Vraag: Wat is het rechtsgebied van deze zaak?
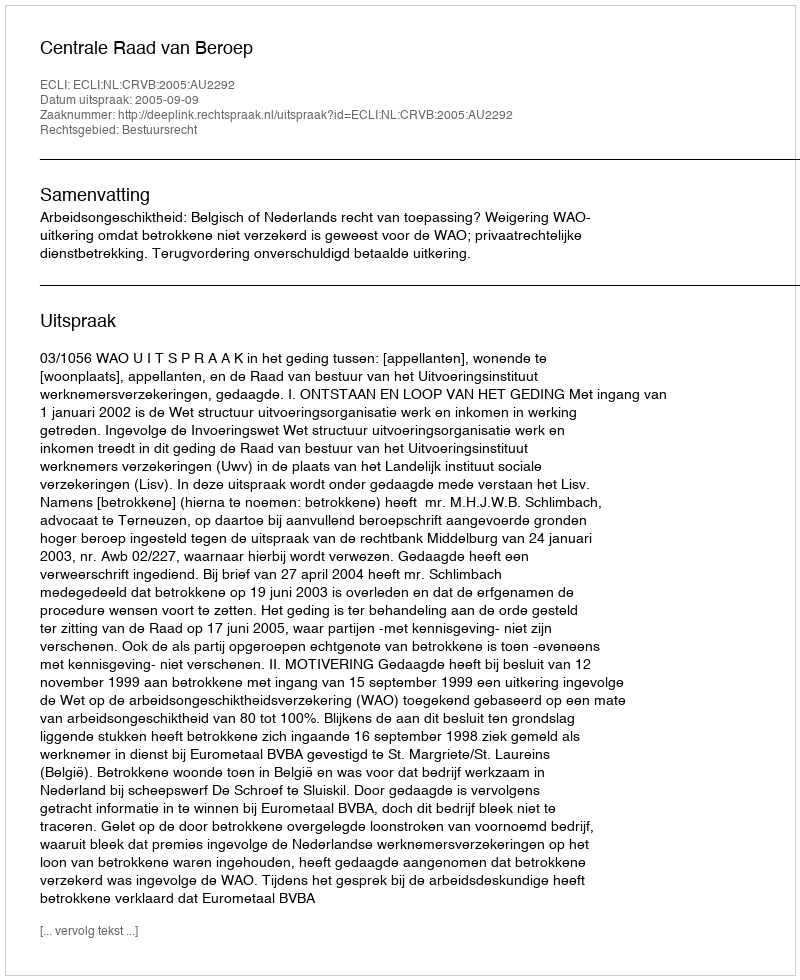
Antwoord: Bestuursrecht